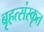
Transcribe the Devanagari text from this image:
बृहत्संस्कृत